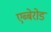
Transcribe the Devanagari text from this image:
एब्बेरोड